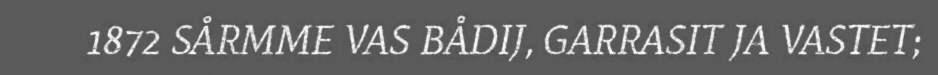
1872 SÅRMME VAS BÅDIJ, GARRASIT JA VASTET;